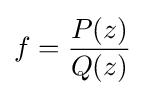
f={\frac {P(z)}{Q(z)}}